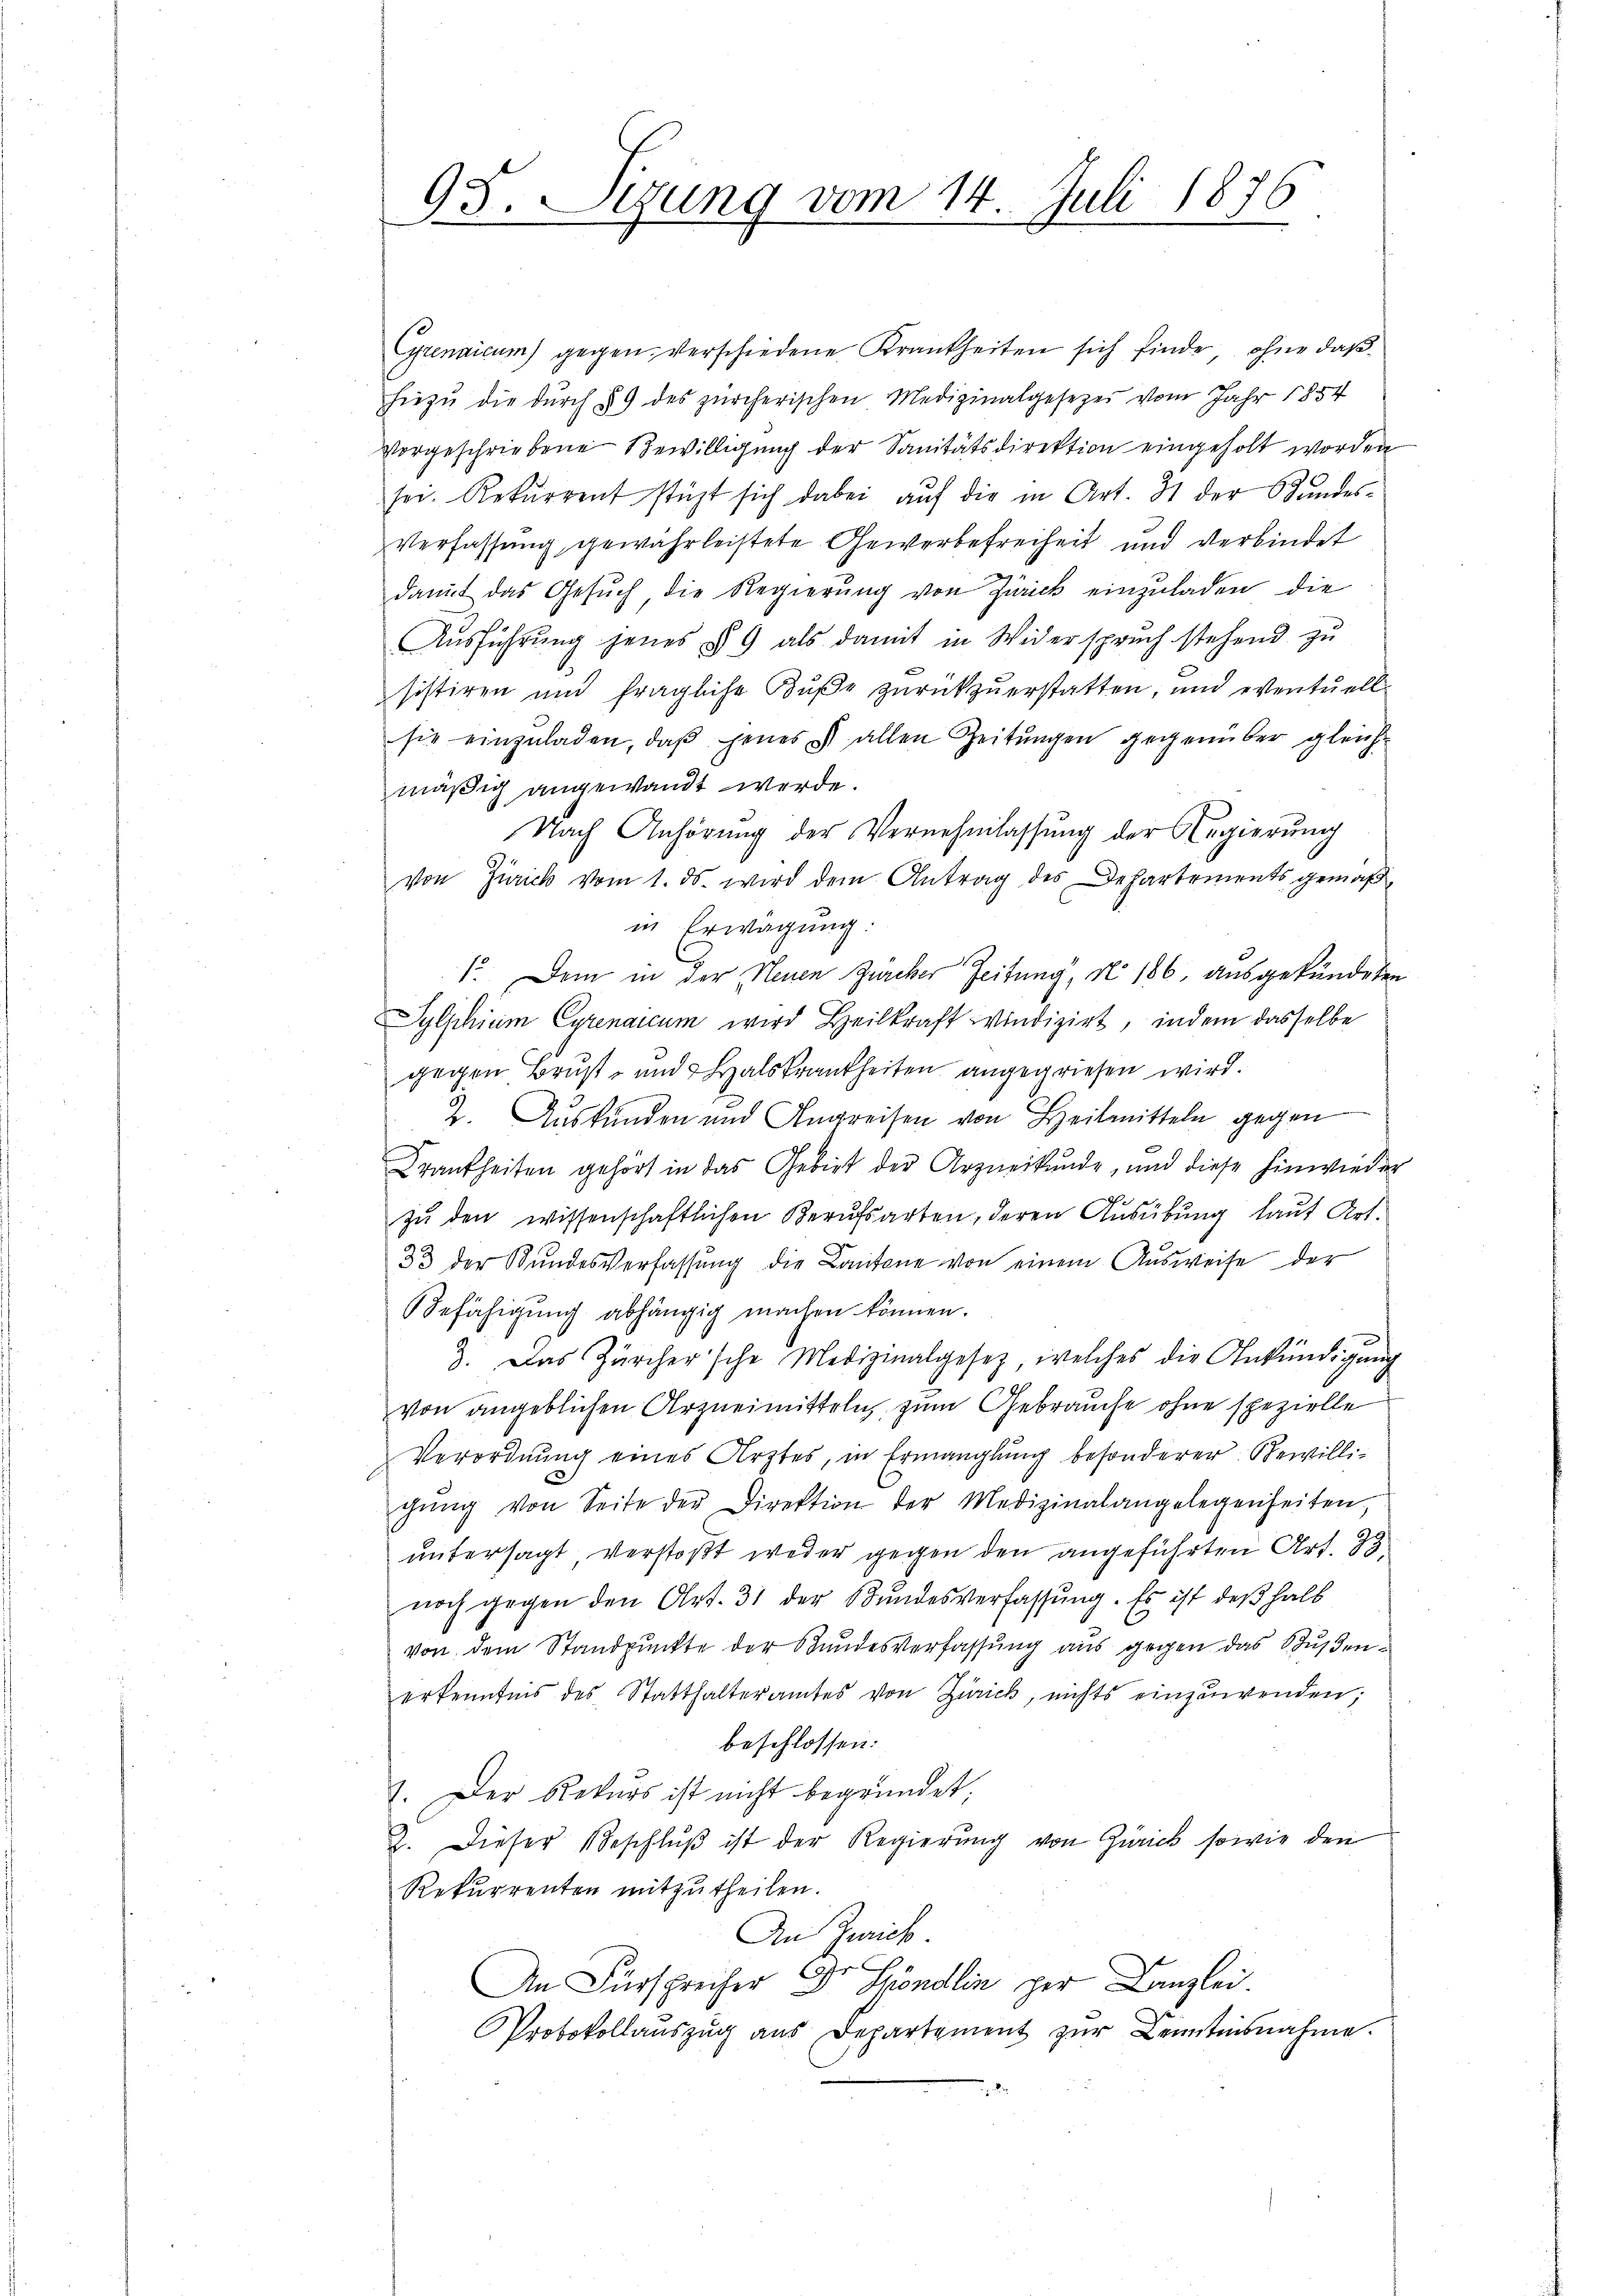
Cyrenaicum gegen verschiedene Krankheiten sich finde, ohne daß
hiezŭ die durch § 9 des zürcherischen Medizinalgesezes vom Jahr 1854
vorgeschriebene Bewilligung der Sanitätsdirektion eingeholt worden
sei. Rekurrent stüzt sich dabei aŭf die in Art. 31 der Bundes-
Verfassung gewährleistete Gewerbefreiheit und verbindet
damit das Gesŭch die Regierŭng von Zürick einzŭladen die
Ausführung jenes § 9 als damit in Widerspruch stehend zu
sistiren und fragliche Bŭβe zŭrückzŭerstatten, und eventuell
sie einzŭladen, daβ jenes allen Zeitungen gegenüber gleich-
mäßig angewandt werde.
Nach Anhörung der Vernehmlassung der Regierŭng
von Zürich vom 1. ds. wird dem Antrag des Departements gemäß
in Erwägung:
1. Dem in der Neuen Zürcher Zeitung, No 186, ausgekündeten
Sylphium Cyrenaicum wird Heilkraft windizirt, indem dasselbe
gegen Brust- und Halskrankheiten angegriesen wird.
2. Auskunden und Angreifen von Heilmitteln gegen
Krankheiten gehört in das Gebiet der Arzneikunde, und diese hinwieder
zu den wissenschaftlichen Berufsarten, deren Ausübung laut Art.
33 der Kundesverfassŭng die Cantone von einem Ausweise der
Befähigung abhängig machen können.
3. Das Zürcher'sche Medizinalgesetz, welches die Ankündigŭng
von angeblichen Arzneimitteln, zum Gebrauche ohne spezielle
Verordnung eines Arztes, in Ermanglung besonderer Bewilligŭng von Seite der Direktion der Medizinalangelegenheiten,
untersagt, verstoßt weder gegen den angeführten Art. 33.
noch gegen den Art. 31 der Bundesverfassŭng. Es ist deßhalb
von dem Standpunkte der Bundesverfassung aus gegen das Stusenerkenntnis des Statthalteramtes von Zürich, nichts einzuwenden;
beschlossen:
7. Der Rekurs ist nicht begründet,
2. Dieser Beschlŭβ ist der Regierŭng von Zürich sowie den
Rekŭrrenten mitzŭtheilen.
An Zwick
An Fürsprecher Dr Hondlin per Canzlei.
Protokollaŭszŭg aŭs Departement zŭr Kenntnisnahme.

95. Sizung vom 14. Juli 1876